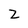
Character: Z